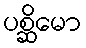
ပစ္ဆိမော